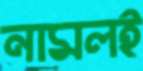
নামলই